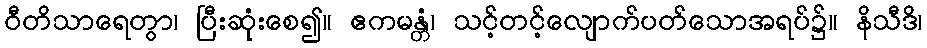
ဝီတိသာရေတွာ၊ ပြီးဆုံးစေ၍။ ဧကမန္တံ၊ သင့်တင့်လျောက်ပတ်သောအရပ်၌။ နိသီဒိ၊